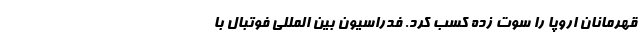
قهرمانان اروپا را سوت زده کسب کرد. فدراسیون بین المللی فوتبال با